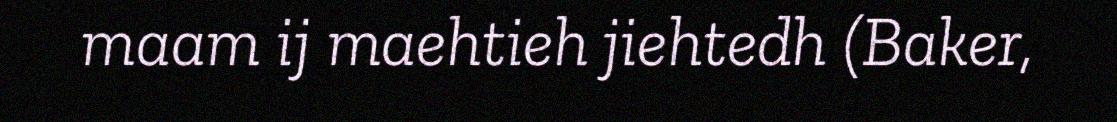
maam ij maehtieh jiehtedh (Baker,